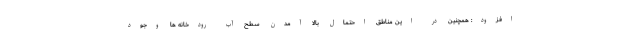
افزود: همچنین در این مناطق احتمال بالا آمدن سطح آب رودخانه ها وجود